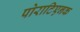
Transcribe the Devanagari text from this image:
पोराटिएनक